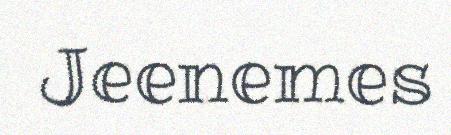
Jeenemes